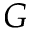
G